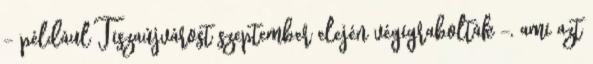
– például Tiszaújvárost szeptember elején végigrabolták –, ami azt